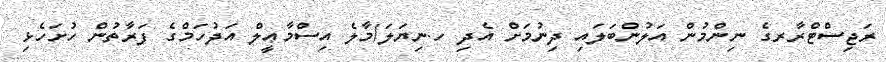
ރަޖިސްޓްރާރގެ ނިންމުން އަލުންބަލައި ދިނުމަށް އެދި ހ.ނިޔަލަ/މާލެ އިސްމާޢީލް އަދުހަމްގެ ފަރާތުން ހުށަހެޅި